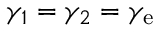
\gamma _ { 1 } = \gamma _ { 2 } = \gamma _ { \mathrm { e } }